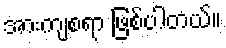
အားကျစရာ ဖြစ်ပါတယ်။